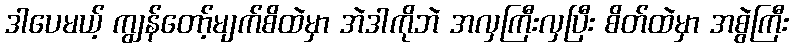
ဒါပေမယ့် ကျွန်တော့်မျက်စိထဲမှာ အဲဒါကိုဘဲ အလှကြီးလှပြီး စိတ်ထဲမှာ အစွဲကြီး